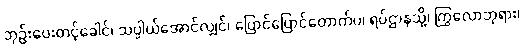
ဘုဉ်းပေးတင့်ခေါင်၊ သပ္ပါယ်အောင်လျှင်၊ ပြောင်ပြောင်တောက်ပ၊ ရပ်ဌာနသို့၊ ကြွလောဘုရား၊